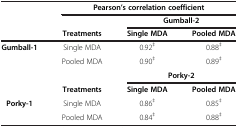
<table><thead><tr><td><b> </b></td><td colspan="3"><b>Pearson’s correlation coefficient</b></td></tr><tr><td><b> </b></td><td><b> </b></td><td colspan="2"><b>Gumball-2</b></td></tr><tr><td><b> </b></td><td><b>Treatments</b></td><td><b>Single MDA</b></td><td><b>Pooled MDA</b></td></tr></thead><tbody><tr><td><b>Gumball-1</b></td><td>Single MDA</td><td>0.92<sup>‡</sup></td><td>0.88<sup>‡</sup></td></tr><tr><td> </td><td>Pooled MDA</td><td>0.90<sup>‡</sup></td><td>0.89<sup>‡</sup></td></tr><tr><td> </td><td> </td><td colspan="2"><b>Porky-2</b></td></tr><tr><td> </td><td><b>Treatments</b></td><td><b>Single MDA</b></td><td><b>Pooled MDA</b></td></tr><tr><td><b>Porky-1</b></td><td>Single MDA</td><td>0.86<sup>‡</sup></td><td>0.85<sup>‡</sup></td></tr><tr><td> </td><td>Pooled MDA</td><td>0.84<sup>‡</sup></td><td>0.88<sup>‡</sup></td></tr></tbody></table>